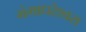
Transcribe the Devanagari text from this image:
गंगाधरेश्वरा